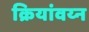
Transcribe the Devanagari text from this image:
क्रियांवय्न